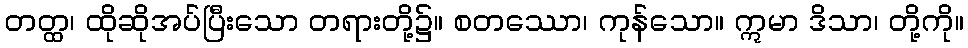
တတ္ထ၊ ထိုဆိုအပ်ပြီးသော တရားတို့၌။ စတဿော၊ ကုန်သော။ ဣမာ ဒိသာ၊ တို့ကို။